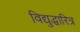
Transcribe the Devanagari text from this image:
विद्युद्धारित्र